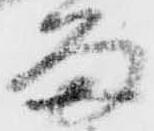
留